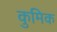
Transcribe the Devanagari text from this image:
कुमिक